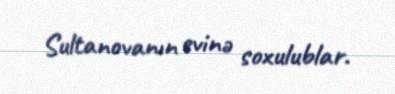
Sultanovanın evinə soxulublar.